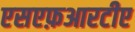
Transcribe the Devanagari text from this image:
एसएफ़आरटीए